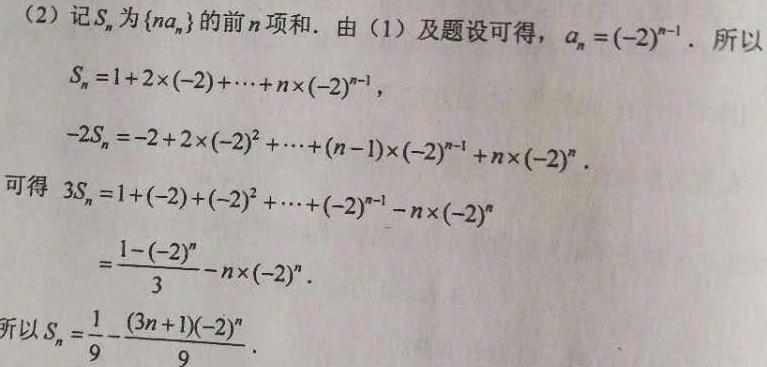
(2) 记$S_{n}$为$\{na_{n}\}$的前$n$项和. 由 (1) 及题设可得，$a_{n}=(-2)^{n - 1}$. 所以
\[
\begin{align*}
S_{n}&=1 + 2\times(-2)+\cdots + n\times(-2)^{n - 1},\\
-2S_{n}&=-2 + 2\times(-2)^{2}+\cdots+(n - 1)\times(-2)^{n - 1}+n\times(-2)^{n}.
\end{align*}
\]
可得
\[
\begin{align*}
3S_{n}&=1+(-2)+(-2)^{2}+\cdots+(-2)^{n - 1}-n\times(-2)^{n}\\
&=\frac{1-(-2)^{n}}{3}-n\times(-2)^{n}.
\end{align*}
\]
所以$S_{n}=\frac{1}{9}-\frac{(3n + 1)(-2)^{n}}{9}$.